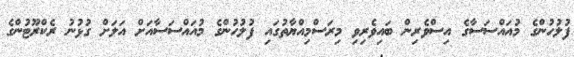
ފުލުހުންގެ މުއައްސަސާގެ އިސްވެރިން ބައިވެރިވި މިރަސްމިއްޔާތުގައި ފުލުހުންގެ މުއައްސަސާއަށް އަލަށް ގުޅުނު ރެކްރޫޓުންގެ